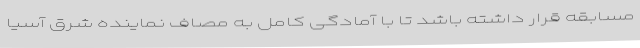
مسابقه قرار داشته باشد تا با آمادگی کامل به مصاف نماینده شرق آسیا